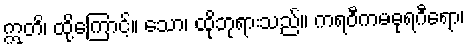
ဣတိ၊ ထို့ကြောင့်။ သော၊ ထိုဘုရားသည်။ ကရဝီကမဓုရဂီရော၊